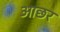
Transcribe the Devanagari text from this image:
आछर